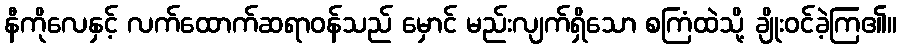
နီကိုလေနှင့် လက်ထောက်ဆရာဝန်သည် မှောင် မည်းလျက်ရှိသော စကြံထဲသို့ ချိုးဝင်ခဲ့ကြ၏။